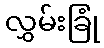
လွှမ်းခြုံ